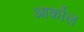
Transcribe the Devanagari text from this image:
आर्कोल